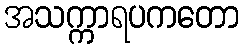
အသက္ကာရပကတော